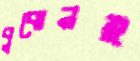
বুঝেনই